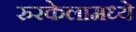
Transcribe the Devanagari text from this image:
रुरकेलामध्ये